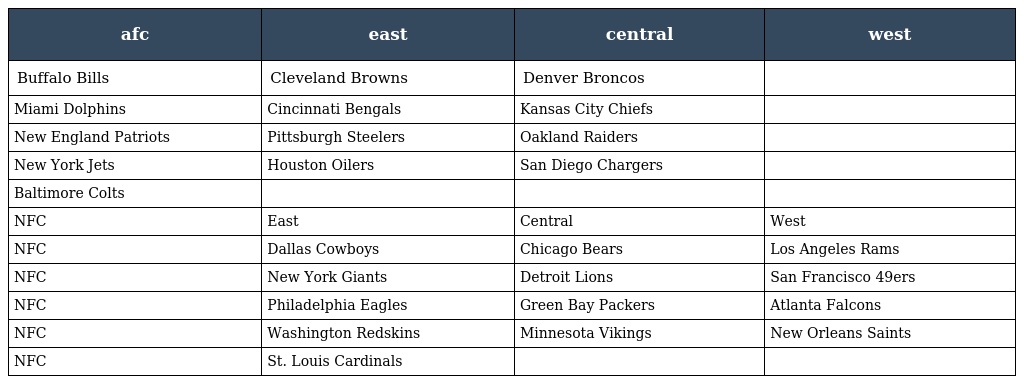
| afc | east | central | west |
 | --- | --- | --- | --- |
 | Buffalo Bills | Cleveland Browns | Denver Broncos |  |
 | Miami Dolphins | Cincinnati Bengals | Kansas City Chiefs |  |
 | New England Patriots | Pittsburgh Steelers | Oakland Raiders |  |
 | New York Jets | Houston Oilers | San Diego Chargers |  |
 | Baltimore Colts |  |  |  |
 | NFC | East | Central | West |
 | NFC | Dallas Cowboys | Chicago Bears | Los Angeles Rams |
 | NFC | New York Giants | Detroit Lions | San Francisco 49ers |
 | NFC | Philadelphia Eagles | Green Bay Packers | Atlanta Falcons |
 | NFC | Washington Redskins | Minnesota Vikings | New Orleans Saints |
 | NFC | St. Louis Cardinals |  |  |